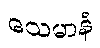
သေမာနံ